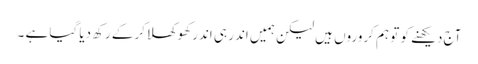
آج دیکھنے کو تو ہم کروروں ہیں لیکن ہمیں اندر ہی اندر کھوکھلاکرکے رکھ دیا گیا ہے ۔